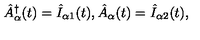
\hat { A } _ { \alpha } ^ { \dagger } ( t ) = \hat { I } _ { \alpha 1 } ( t ) , \hat { A } _ { \alpha } ( t ) = \hat { I } _ { \alpha 2 } ( t ) ,